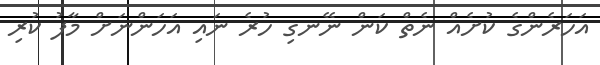
އަހަރެންގެ ކުށެއް ނެތް ކަން ނޭނގި ހުރެ ނައި އަހަންނަށް މާފު ކުރި